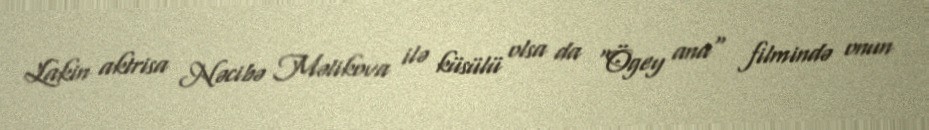
Lakin aktrisa Nəcibə Məlikova ilə küsülü olsa da "Ögey ana" filmində onun